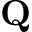
\mathbf { Q }